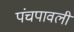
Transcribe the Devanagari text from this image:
पंचपावली